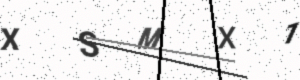
Text: XSMX1